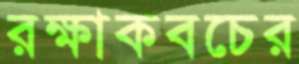
রক্ষাকবচের